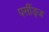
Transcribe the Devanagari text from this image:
पर्सीड्‌ज